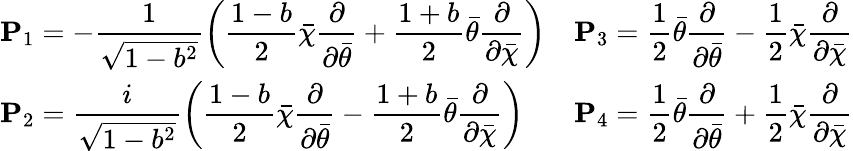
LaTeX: \begin{array}{ll}{{\displaystyle{\mathbf P}_{1}=-\frac{1}{\sqrt{1-b^{2}}}\left(\frac{1-b}{2}\bar{\chi}\frac\partial{\partial\bar{\theta}}+\frac{1+b}{2}\bar{\theta}\frac\partial{\partial\bar{\chi}}\right)}}&{{\displaystyle{\mathbf P}_{3}=\frac 12\bar{\theta}\frac\partial{\partial\bar{\theta}}-\frac 12\bar{\chi}\frac\partial{\partial\bar{\chi}}}}\\ {{\displaystyle{\mathbf P}_{2}=\frac{i}{\sqrt{1-b^{2}}}\left(\frac{1-b}{2}\bar{\chi}\frac\partial{\partial\bar{\theta}}-\frac{1+b}{2}\bar{\theta}\frac\partial{\partial\bar{\chi}}\right)}}&{{\displaystyle{\mathbf P}_{4}=\frac 12\bar{\theta}\frac\partial{\partial\bar{\theta}}+\frac 12\bar{\chi}\frac\partial{\partial\bar{\chi}}}}\end{array}